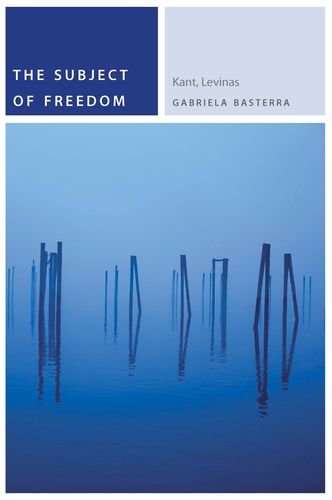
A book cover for The Subject of Freedom: Kant, Levinas (Commonalities (FUP)); Gabriela Basterra; Politics & Social Sciences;